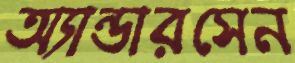
অ্যান্ডারসেন